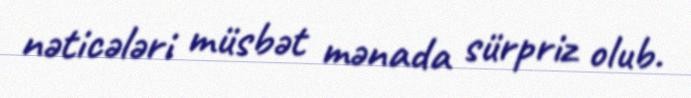
nəticələri müsbət mənada sürpriz olub.